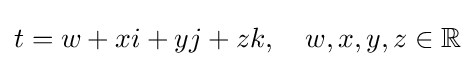
t=w+xi+yj+zk,\quad w,x,y,z\in \mathbb {R}